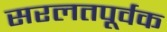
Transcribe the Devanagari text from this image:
सरलतपूर्वक